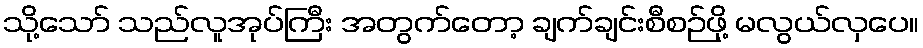
သို့သော် သည်လူအုပ်ကြီး အတွက်တော့ ချက်ချင်းစီစဉ်ဖို့ မလွယ်လှပေ။